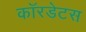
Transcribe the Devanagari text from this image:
कॉरडेटस